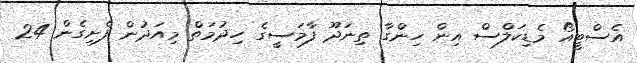
އެސްޓީއޯ މެޑިކަލްސް އިން ހިންގާ ތިނަދޫ ފާމަސީގެ ހިދުމަތް މިއަދުން ފެށިގެން 24